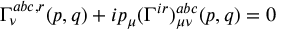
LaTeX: \Gamma _ { \nu } ^ { a b c , r } ( p , q ) + i p _ { \mu } ( \Gamma ^ { i r } ) _ { \mu \nu } ^ { a b c } ( p , q ) = 0